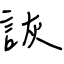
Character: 詼